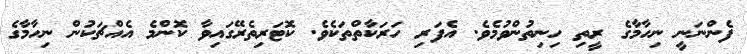
ފެންނަނީ ނިހާމާގެ ރީތި ހިނިތުންވުމެވެ. އެފަރި ހަރަކާތްތަކެވެ. ކޮޓަރިތެރޭގައިވާ ކޮންމެ އެއްޗަކުން ނިހާމާގެ